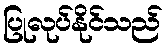
ပြုလုပ်နိုင်သည်